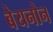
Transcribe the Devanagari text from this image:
बेयनोन